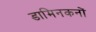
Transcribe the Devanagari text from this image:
डामिनकनों